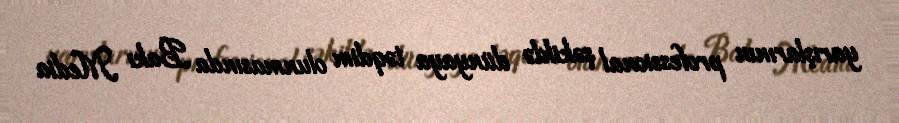
yarışlarının professional şəkildə dünyaya təqdim olunmasında Bakı Media